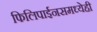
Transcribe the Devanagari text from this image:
फिलिपाईनसमध्येही